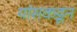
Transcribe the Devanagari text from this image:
यांसकडून